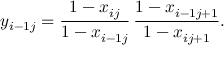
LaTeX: y _ { i - 1 j } = \frac { 1 - x _ { i j } } { 1 - x _ { i - 1 j } } \, \frac { 1 - x _ { i - 1 j + 1 } } { 1 - x _ { i j + 1 } } .